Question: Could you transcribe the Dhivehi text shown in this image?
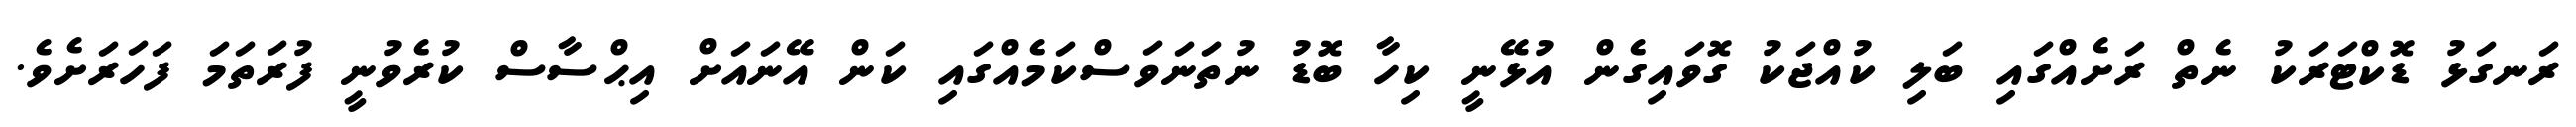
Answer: ރަނގަޅު ޑޮކްޓަރަކު ނެތް ރަށެއްގައި ބަލި ކުއްޖަކު ގޮވައިގެން އުޅޭނީ ކިހާ ބޮޑު ނުތަނަވަސްކަމެއްގައި ކަން އޭނައަށް އިޙްސާސް ކުރެވުނީ ފުރަތަމަ ފަހަރަށެވެ.